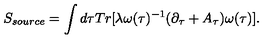
S _ { s o u r c e } = \int d \tau T r [ \lambda \omega ( \tau ) ^ { - 1 } ( \partial _ { \tau } + A _ { \tau } ) \omega ( \tau ) ] .